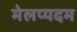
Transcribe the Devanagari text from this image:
मेलप्पदम